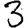
Digit: 3